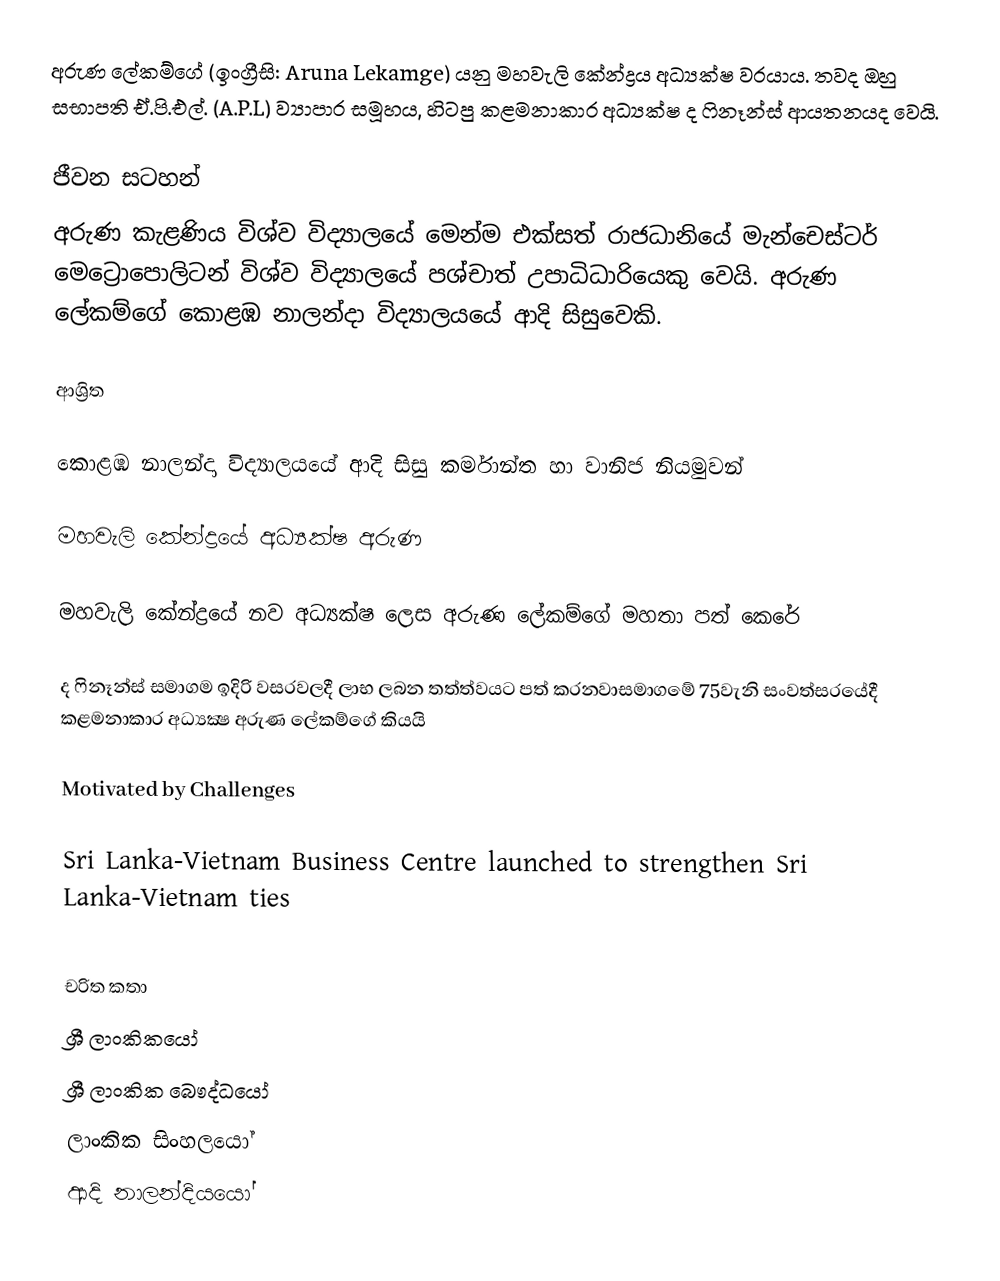
අරුණ ලේකම්ගේ (ඉංග්‍රීසි: Aruna Lekamge) යනු  මහවැලි කේන්ද්‍රය අධ්‍යක්ෂ  වරයාය. තවද ඔහු සභාපති ඒ.පි.එල්. (A.P.L) ව්‍යාපාර සමූහය, හිටපු කළමනාකාර අධ්‍යක්ෂ ද ෆිනෑන්ස් ආයතන‍යද වෙයි.

ජීවන සටහන්
අරුණ කැළණිය විශ්ව විද්‍යාලයේ මෙන්ම එක්සත් රාජධානියේ මැන්චෙස්ටර් මෙට්‍රොපොලිටන් විශ්ව විද්‍යාලයේ පශ්චාත් උපාධිධාරියෙකු වෙයි. අරුණ ලේකම්ගේ  කොළඹ නාලන්දා විද්‍යාලයයේ ආදි සිසුවෙකි.

ආශ්‍රිත

 කොළඹ නාලන්දා විද්‍යාලයයේ ආදි සිසු කර්මාන්ත හා වානිජ නියමුවන්

 මහවැලි කේන්ද්‍රයේ අධ්‍යක්ෂ අරුණ

 මහවැලි කේන්ද්‍රයේ නව අධ්‍යක්ෂ ලෙස අරුණ ලේකම්ගේ මහතා පත් කෙරේ

 ද ෆිනෑන්ස්‌ සමාගම ඉදිරි වසරවලදී ලාභ ලබන තත්ත්වයට පත් කරනවාසමාගමේ 75වැනි සංවත්සරයේදී කළමනාකාර අධ්‍යක්‍ෂ අරුණ ලේකම්ගේ කියයි

 Motivated by Challenges

 Sri Lanka-Vietnam Business Centre launched to strengthen Sri Lanka-Vietnam ties

චරිත කතා
ශ්‍රී ලාංකිකයෝ
ශ්‍රී ලාංකික බෞද්ධයෝ
ලාංකික සිංහලයෝ
ආදි නාලන්දියයෝ